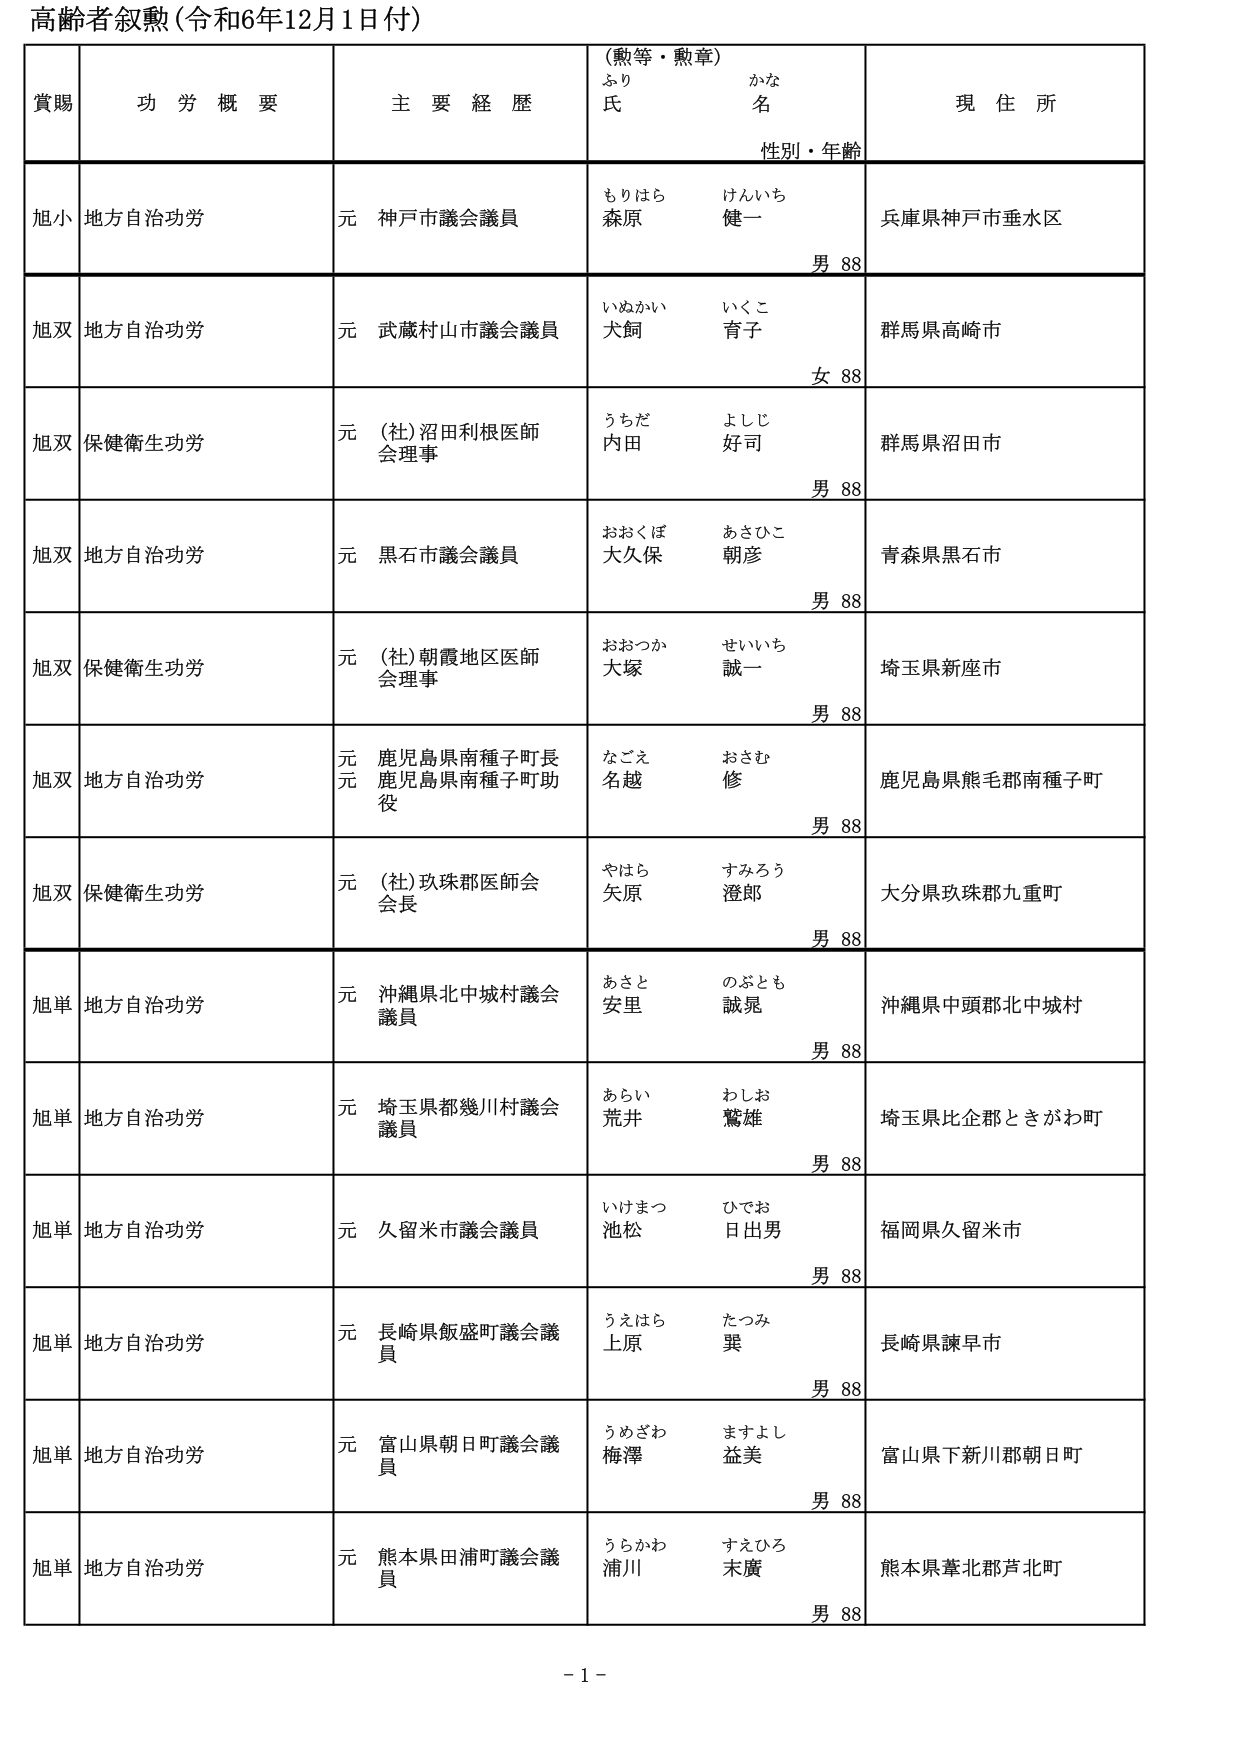
高齢者叙勲（令和6年12月1日付）

賞賜　　功労概要　　主要経歴　　（勲等・勲章）　　現住所
　　　　　　　　　　　　　　ふり　　　　かな
　　　　　　　　　　　　　　氏　　　　名
　　　　　　　　　　　　　　性別・年齢

旭小　地方自治功労　　元 神戸市議会議員　　もりはら　けんいち　　兵庫県神戸市垂水区
　　　　　　　　　　　　　　　　　　　　　　森原　健一　　　　　　男 88

旭双　地方自治功労　　元 武蔵村山市議会議員　　いぬかい　いくこ　　群馬県高崎市
　　　　　　　　　　　　　　　　　　　　　　犬飼　育子　　　　　　女 88

旭双　保健衛生功労　　元 （社）沼田利根医師　　うちだ　よしじ　　群馬県沼田市
　　　　　　　　　　　　　　会理事　　　　　　内田　好司　　　　　男 88

旭双　地方自治功労　　元 黒石市議会議員　　おおくぼ　あさひこ　　青森県黒石市
　　　　　　　　　　　　　　　　　　　　　　大久保　朝彦　　　　　男 88

旭双　保健衛生功労　　元 （社）朝霞地区医師　　おおつか　せいいち　　埼玉県新座市
　　　　　　　　　　　　　　会理事　　　　　　大塚　誠一　　　　　男 88

旭双　地方自治功労　　元 鹿児島県南種子町長　　なごえ　おさむ　　鹿児島県熊毛郡南種子町
　　　　　　　　　　　　元 鹿児島県南種子町助　　名越　修　　　　　男 88
　　　　　　　　　　　　役

旭双　保健衛生功労　　元 （社）玖珠郡医師会　　やはら　すみろう　　大分県玖珠郡九重町
　　　　　　　　　　　　　　会長　　　　　　矢原　澄郎　　　　　男 88

旭単　地方自治功労　　元 沖縄県北中城村議会　　あさと　のぶとも　　沖縄県中頭郡北中城村
　　　　　　　　　　　　　　議員　　　　　　安里　誠晃　　　　　男 88

旭単　地方自治功労　　元 埼玉県都幾川村議会　　あらい　わしお　　埼玉県比企郡ときがわ町
　　　　　　　　　　　　　　議員　　　　　　荒井　鷲雄　　　　　男 88

旭単　地方自治功労　　元 久留米市議会議員　　いけまつ　ひでお　　福岡県久留米市
　　　　　　　　　　　　　　　　　　　　　　池松　日出男　　　　　男 88

旭単　地方自治功労　　元 長崎県飯盛町議会議　　うえはら　たつみ　　長崎県諫早市
　　　　　　　　　　　　　　員　　　　　　上原　巽　　　　　　男 88

旭単　地方自治功労　　元 富山県朝日町議会議　　うめざわ　ますよし　　富山県下新川郡朝日町
　　　　　　　　　　　　　　員　　　　　　梅澤　益美　　　　　男 88

旭単　地方自治功労　　元 熊本県田浦町議会議　　うらかわ　すえひろ　　熊本県葦北郡芦北町
　　　　　　　　　　　　　　員　　　　　　浦川　末廣　　　　　男 88

- 1 -